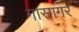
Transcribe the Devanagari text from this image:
गासागर